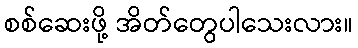
စစ်ဆေးဖို့ အိတ်တွေပါသေးလား။